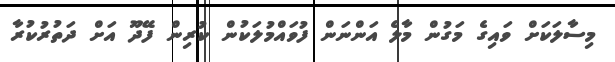
މިސާލަކަށް ވައިގެ މަގުން މާލެ އަންނަން ފުވައްމުލަކުން ކުރިން ފޭދޫ އަށް ދަތުރުކުރާ